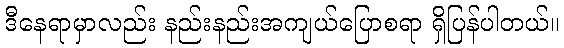
ဒီနေရာမှာလည်း နည်းနည်းအကျယ်ပြောစရာ ရှိပြန်ပါတယ်။